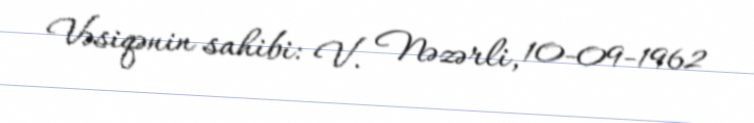
Vəsiqənin sahibi: V. Nəzərli, 10-09-1962